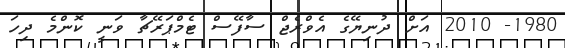
1980- 2010 އަށް ދުނިޔޭގެ އެވްރެޖް ސާފޭސް ޓެމްޕަރޭޗާ ވަނީ ކޮންމެ ދިހަ